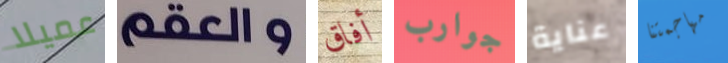
عميلا والعقم أفاق جوارب عناية مهاجمتنا